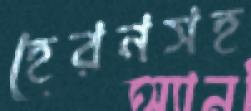
হেরনসহ